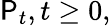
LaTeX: \mathsf{P}_{t},t\geq0,